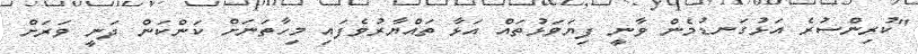
"ކުރިންސުރެ އަޅުގަނޑުމެން ވާނީ ފިޔަވަޅުތައް އަޅާ ތައްޔާރުވެފައި މިހާތަނަށް ކަންކަން ދަނީ ވަރަށް